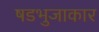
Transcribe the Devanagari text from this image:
षडभुजाकार